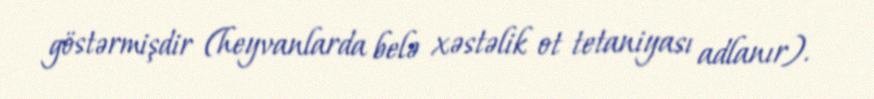
göstərmişdir (heyvanlarda belə xəstəlik ot tetaniyası adlanır).